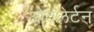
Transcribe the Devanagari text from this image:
ओवलेर्टन